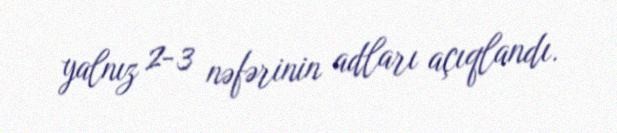
yalnız 2-3 nəfərinin adları açıqlandı.